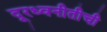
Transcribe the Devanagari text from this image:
दूरध्वनीतीची